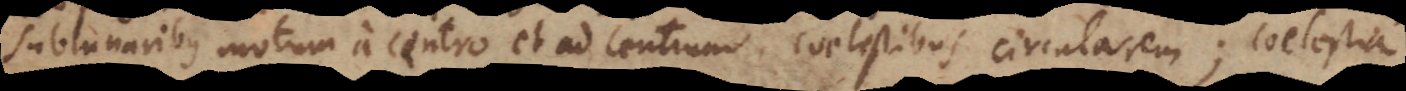
sublunaribus motum a centro et ad centrum, coelestibus circularem; coelestia